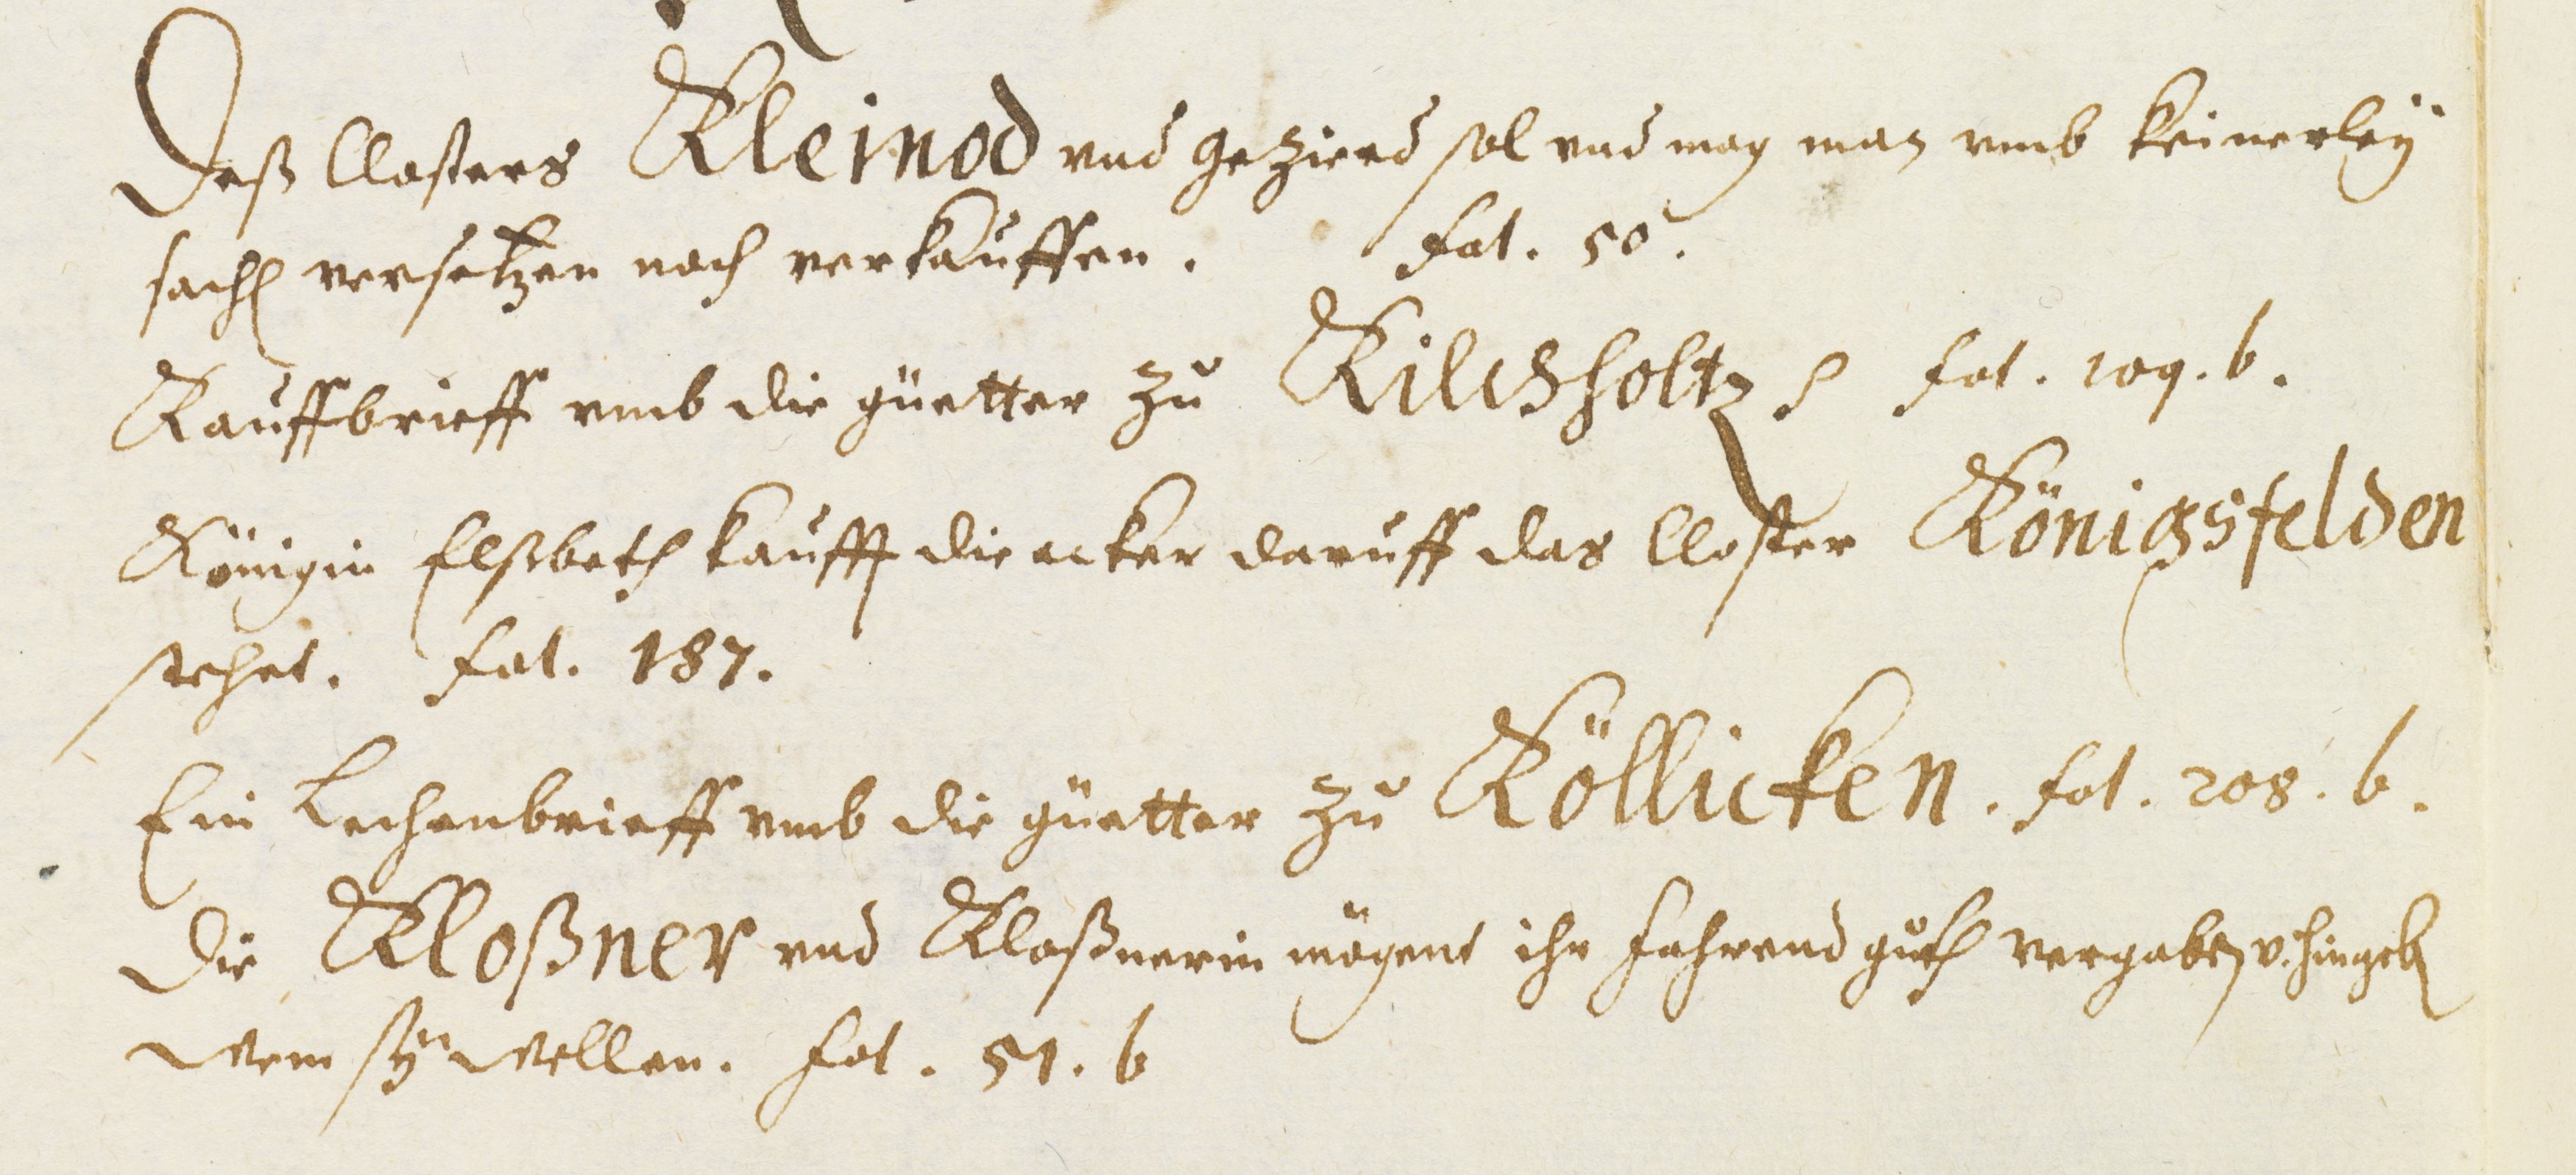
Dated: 1451–1510